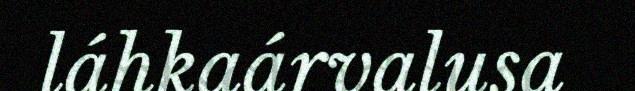
láhkaárvalusa